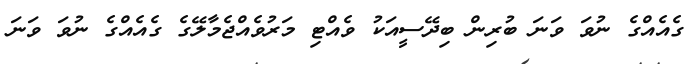
ގެއެއްގެ ނުވަ ވަނަ ބުރިން ބިދޭސީއަކު ވެއްޓި މަރުވެއްޖެމާލޭގެ ގެއެއްގެ ނުވަ ވަނަ